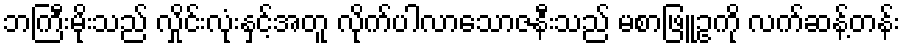
ဘကြီးမိုးသည် လှိုင်းလုံးနှင့်အတူ လိုက်ပါလာသောဇနီးသည် မစာဖြူဥကို လက်ဆန့်တန်း